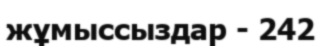
жұмыссыздар - 242